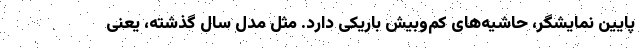
پایین نمایشگر، حاشیه‌های کم‌وبیش باریکی دارد. مثل مدل سال گذشته، یعنی